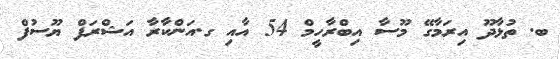
ބ. ތުޅާދޫ އިރަމާގޭ މޫސާ އިބްރާހީމް 54 އާއި ގ.އަންކާރާ އަޝްރަފް ޔޫސުފް